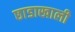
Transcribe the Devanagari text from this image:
छाडाखाली